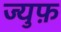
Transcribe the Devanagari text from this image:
ज्युफ़